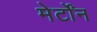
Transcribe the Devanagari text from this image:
मेर्टोंन